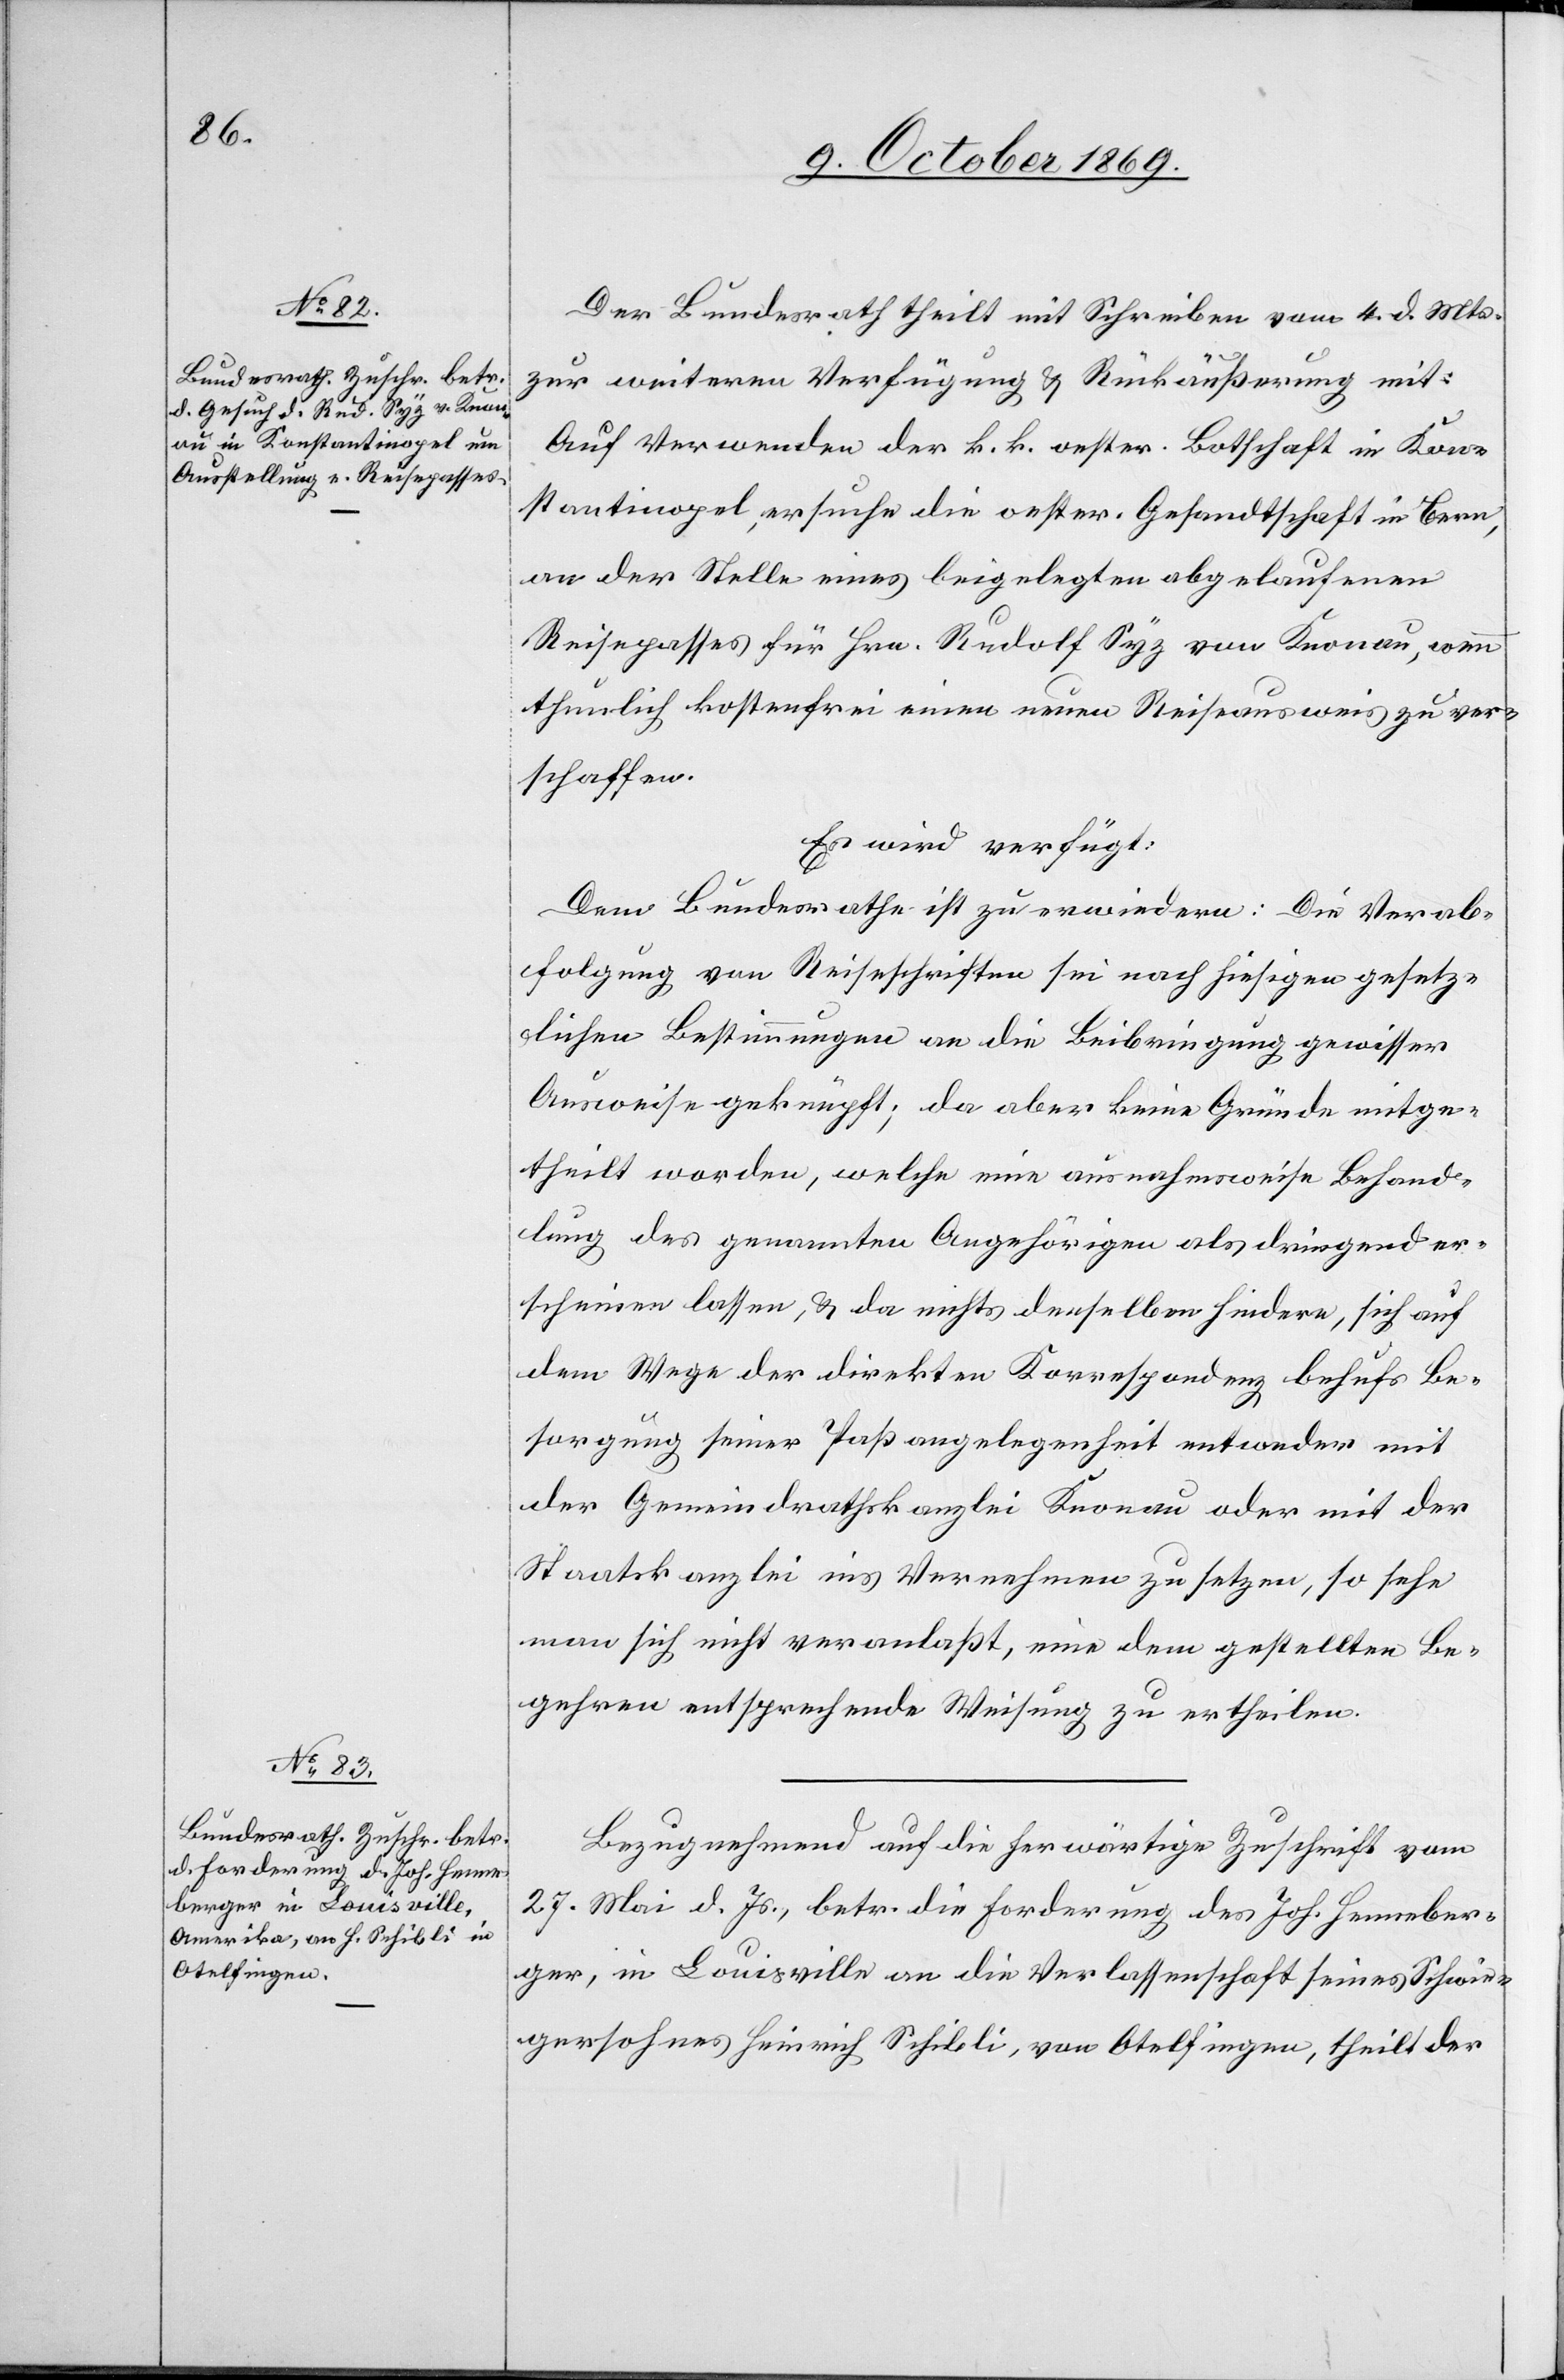
15. October 1869.]
Der Bundesrath theilt mit Schreiben vom 4. d. Mts.
zur weiteren Verfügung & Rückäußerung mit:
Auf Verwenden der k. k. oester. Botschaft in Kon¬
stantinopel, ersuche die oester. Gesandtschaft in Bern,
an der Stelle eines beigelegten abgelaufenen
Reisepasses für Hrn. Rudolf Syz von Knonau, wenn
thunlich kostenfrei einen neuen Reiseausweis zu ver¬
schaffen.
Es wird verfügt:
Dem Bundesrathe ist zu erwiedern: Die Verab¬
folgung von Reiseschriften sei nach hiesigen gesetz¬
lichen Bestimmungen an die Beibringung gewisser
Ausweise geknüpft; da aber keine Gründe mitge¬
theilt worden, welche eine ausnahmsweise Behand¬
lung des genannten Angehörigen als dringend er¬
scheinen lassen, & da nichts denselben hindere, sich auf
dem Wege der direkten Korrespondenz behufs Be¬
sorgung seiner Paßangelegenheit entweder mit
der Gemeindrathskanzlei Knonau oder mit der
Staatskanzlei ins Vernehmen zu setzen, so sehe
man sich nicht veranlaßt, eine dem gestellten Be¬
gehren entsprechende Weisung zu ertheilen.
Bezugnehmend auf die herwärtige Zuschrift vom
27. Mai d. Js., betr. die Forderung des Joh. Henneber¬
ger, in Louisville an die Verlassenschaft seines Schwie¬
gersohnes Heinrich Schibli, von Otelfingen, theilt der